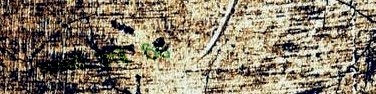
speed limit 60